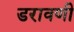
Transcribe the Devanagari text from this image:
डरावणी